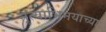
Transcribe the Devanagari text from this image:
नृत्याभिनयाच्या